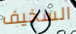
السخيف